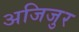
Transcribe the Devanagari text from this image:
अजिजुर